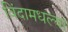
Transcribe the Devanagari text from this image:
विंदामधल्या